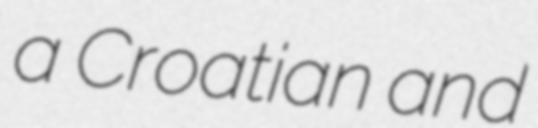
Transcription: a Croatian and